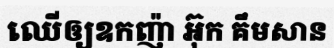
ឈើឲ្យឧកញ៉ា អ៊ុក គឹមសាន